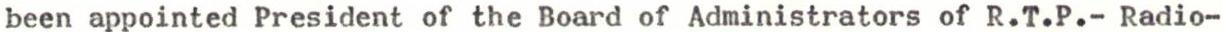
been appointed President of the Board of Administrators of R.T.P.- Radio-